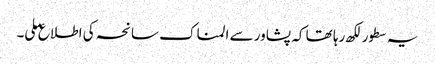
یہ سطورلکھ رہا تھا کہ پشاور سے المناک سانحہ کی اطلاع ملی۔